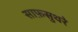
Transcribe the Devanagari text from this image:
साफ़सुथरे